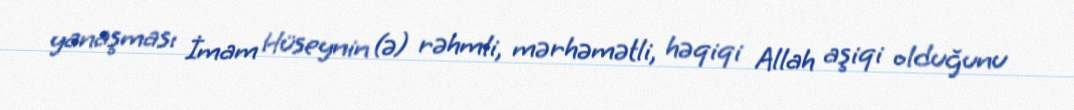
yanaşması İmam Hüseynin (ə) rəhmli, mərhəmətli, həqiqi Allah aşiqi olduğunu